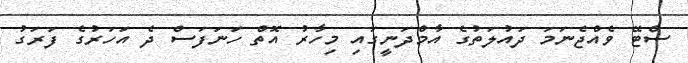
ސްޓޭ ވެއްޖެނަމަ ދައުލަތުގެ އާމްދަނީގައި މިހާރު އޮތް ހަނަފަސް ދެ އަހަރުގެ ފަރަގު